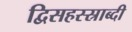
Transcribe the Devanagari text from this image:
द्विसहस्स्राब्दी